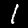
Digit: 1